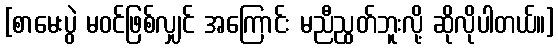
[စာမေးပွဲ မဝင်ဖြစ်လျှင် အကြောင်း မညီညွတ်ဘူးလို့ ဆိုလိုပါတယ်။]